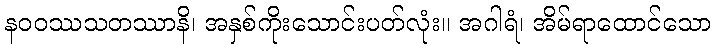
နဝဝဿသတဿာနိ၊ အနှစ်ကိုးသောင်းပတ်လုံး။ အဂါရံ၊ အိမ်ရာထောင်သော